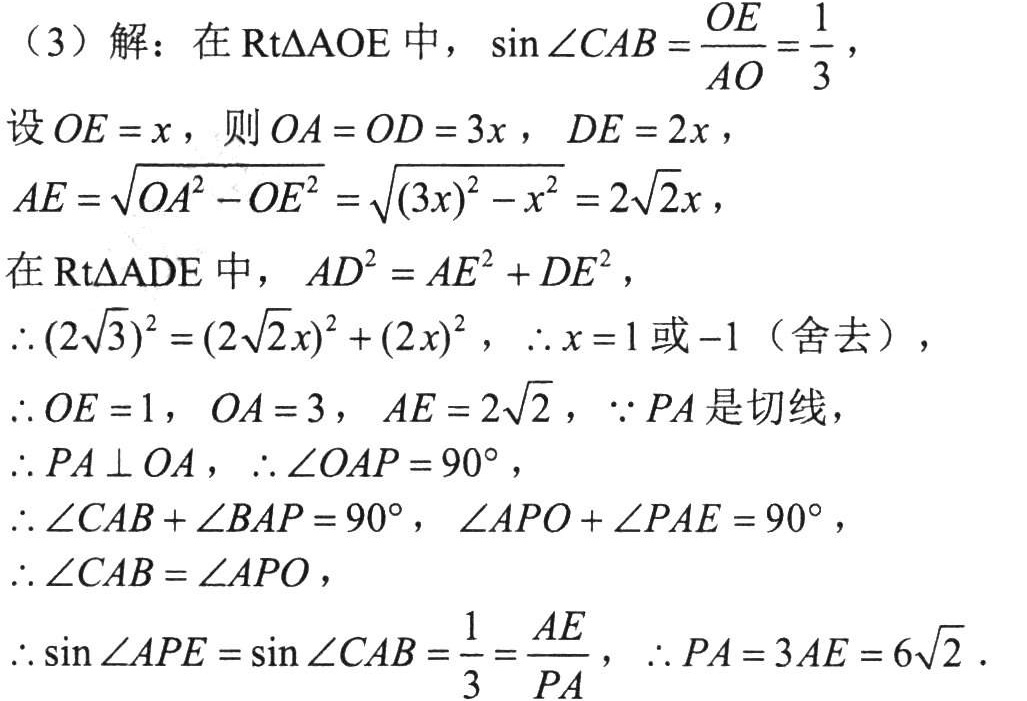
(3) 解：在\(\text{Rt}\triangle AOE\)中，\(\sin\angle CAB=\frac{OE}{AO}=\frac{1}{3}\)，
设\(OE = x\)，则\(OA = OD = 3x\)，\(DE = 2x\)，
\(AE=\sqrt{OA^{2}-OE^{2}}=\sqrt{(3x)^{2}-x^{2}} = 2\sqrt{2}x\)，
在\(\text{Rt}\triangle ADE\)中，\(AD^{2}=AE^{2}+DE^{2}\)，
\(\therefore(2\sqrt{3})^{2}=(2\sqrt{2}x)^{2}+(2x)^{2}\)，\(\therefore x = 1\)或\(-1\)（舍去），
\(\therefore OE = 1\)，\(OA = 3\)，\(AE = 2\sqrt{2}\)，\(\because PA\)是切线，
\(\therefore PA\perp OA\)，\(\therefore\angle OAP = 90^{\circ}\)，
\(\therefore\angle CAB+\angle BAP = 90^{\circ}\)，\(\angle APO+\angle PAE = 90^{\circ}\)，
\(\therefore\angle CAB=\angle APO\)，
\(\therefore\sin\angle APE=\sin\angle CAB=\frac{1}{3}=\frac{AE}{PA}\)，\(\therefore PA = 3AE = 6\sqrt{2}\).